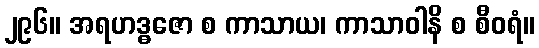
၂၉၆။ အရဟဒ္ဓဇော စ ကာသာယ၊ ကာသာဝါနိ စ စီဝရံ။